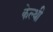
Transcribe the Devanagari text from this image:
केल्थी